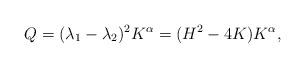
LaTeX: \begin{align*}Q=(\lambda_1-\lambda_2)^2K^\alpha=(H^2-4K)K^\alpha,\end{align*}